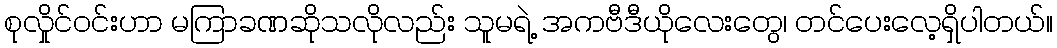
စုလှိုင်၀င်းဟာ မကြာခဏဆိုသလိုလည်း သူမရဲ့ အကဗီဒီယိုလေးတွေ၊ တင်ပေးလေ့ရှိပါတယ်။